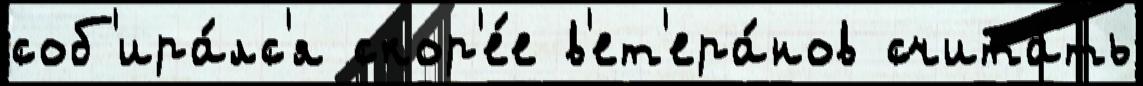
соб'ира́лс'я скор'е́е в'ет'ера́нов счита́ть